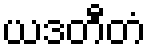
ယဒတီတံ